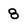
Character: 8